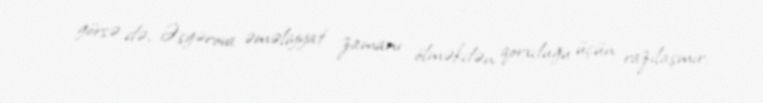
görsə də, Əsgərova əməliyyat zamanı ölməkdən qorxduğu üçün razılaşmır.